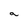
Character: a